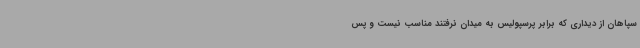
سپاهان از دیداری که برابر پرسپولیس به میدان نرفتند مناسب نیست و پس